Report of the Indian Hemp Drugs Commission, 1894-1895 - Volume IV
Year: 1894
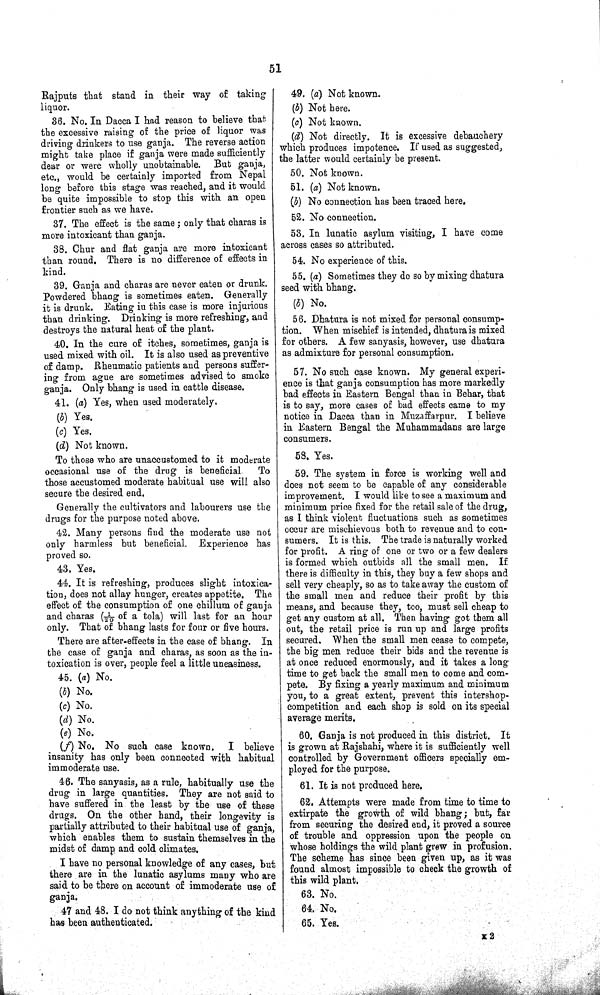
51
Rajputs that stand in their way of taking
liquor.
36. No. In Dacca I had reason to believe that
the excessive raising of the price of liquor was
driving drinkers to use ganja. The reverse action
might take place if ganja were made sufficiently
dear or were wholly unobtainable. But ganja,
etc., would be certainly imported from Nepal
long before this stage was reached, and it would
be quite impossible to stop this with an open
frontier such as we have.
37. The effect is the same; only that charas is
more intoxicant than ganja.
38. Chur and flat ganja are more intoxicant
than round. There is no difference of effects in
kind.
39. Ganja and charas are never eaten or drunk.
Powdered bhang is sometimes eaten. Generally
it is drunk. Eating iu this case is more injurious
than drinking. Drinking is more refreshing, and
destroys the natural heat of the plant.
40. In the cure of itches, sometimes, ganja is
used mixed with oil. It is also used as preventive
of damp. Rheumatic patients and persons suffer-
ing from ague are sometimes advised to smoke
ganja. Only bhang is used in cattle disease.
41. (a) Yes, when used moderately.
(b) Yes.
(c) Yes.
(d) Not known.
To those who are unaccustomed to it moderate
occasional use of the drug is beneficial. To
those accustomed moderate habitual use will also
secure the desired end.
Generally the cultivators and labourers use the
drugs for the purpose noted above.
42. Many persons find the moderate use not
only harmless but beneficial. Experience has
proved so.
43. Yes.
44. It is refreshing, produces slight intoxica-
tion, does not allay hunger, creates appetite. The
effect of the consumption of one chillum of ganja
and charas (1/20 of a tola) will last for an hour
only. That of bhang lasts for four or five hours.
There are after-effects in the case of bhang. In
the case of ganja and charas, as soon as the in-
toxication is over, people feel a little uneasiness.
45. (a) No.
(b) No.
(c) No.
(d) No.
(e) No.
(f) No. No such case known. I believe
insanity has only been connected with habitual
immoderate use.
46. The sanyasis, as a rule, habitually use the
drug in large quantities. They are not said to
have suffered in the least by the use of these
drugs. On the other hand, their longevity is
partially attributed to their habitual use of ganja,
which enables them to sustain themselves in the
midst of damp and cold climates.
I have no personal knowledge of any cases, but
there are in the lunatic asylums many who are
said to be there on account of immoderate use of
ganja.
47 and 48. I do not think anything of the kind
has been authenticated.
49. (a) Not known.
(b) Not here.
(c) Not known.
(d) Not directly. It is excessive debauchery
which produces impotence. If used as suggested,
the latter would certainly be present.
50. Not known.
51. (a) Not known.
(b) No connection has been traced here.
52. No connection.
53. In lunatic asylum visiting, I have come
across cases so attributed.
54. No experience of this.
55. (a) Sometimes they do so by mixing dhatura
seed with bhang.
(b) No.
56. Dhatura is not mixed for personal consump-
tion. When mischief is intended, dhatura is mixed
for others. A few sanyasis, however, use dhatura
as admixture for personal consumption.
57. No such case known. My general experi-
ence is that ganja consumption has more markedly
bad effects in Eastern Bengal than in Behar, that
is to say, more cases of bad effects came to my
notice in Dacca than in Muzaffarpur. I believe
in Eastern Bengal the Muhammadans are large
consumers.
58. Yes.
59. The system in force is working well and
does not seem to be capable of any considerable
improvement. I would like to see a maximum and
minimum price fixed for the retail sale of the drug,
as I think violent fluctuations such as sometimes
occur are mischievous both to revenue and to con-
sumers. It is this. The trade is naturally worked
for profit. A ring of one or two or a few dealers
is formed which outbids all the small men. If
there is difficulty in this, they buy a few shops and
sell very cheaply, so as to take away the custom of
the small men and reduce their profit by this
means, and because they, too, must sell cheap to
get any custom at all. Then having got them all
out, the retail price is run up and large profits
secured. When the small men cease to compete,
the big men reduce their bids and the revenue is
at once reduced enormously, and it takes a long
time to get back the small men to come and com-
pete. By fixing a yearly maximum and minimum
you, to a great extent, prevent this intershop-
competition and each shop is sold on its special
average merits.
60. Ganja is not produced in this district. It
is grown at Rajshahi, where it is sufficiently well
controlled by Government officers specially em-
ployed for the purpose.
61. It is not produced here.
62. Attempts were made from time to time to
extirpate the growth of wild bhang; but, far
from securing the desired end, it proved a source
of trouble and oppression upon the people on
whose holdings the wild plant grew in profusion.
The scheme has since been given up, as it was
found almost impossible to check the growth of
this wild plant.
63. No.
64. No.
65. Yes.
K 2